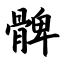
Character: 髀